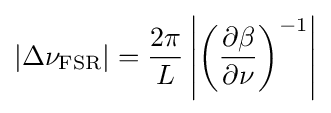
\left|\Delta \nu _{\text{FSR}}\right|={\frac {2\pi }{L}}\left|\left({\frac {\partial \beta }{\partial \nu }}\right)^{-1}\right|